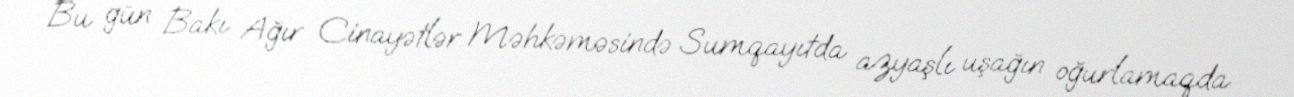
Bu gün Bakı Ağır Cinayətlər Məhkəməsində Sumqayıtda azyaşlı uşağın oğurlamaqda